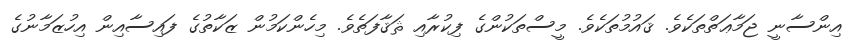
އިންސާނީ ޖަމާޢަތްތަކެވެ. ޤައުމުތަކެވެ. މީސްތަކުންގެ ފިކުރާއި ޘަޤާފަތެވެ. މިހެންކަމުން ޒަކާތުގެ ފައިސާއިން އިހުޒަމާނުގެ